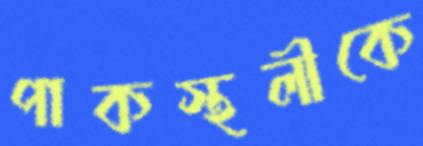
পাকস্থলীকে